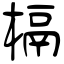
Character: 槅